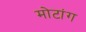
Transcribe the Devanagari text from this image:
मोटांग